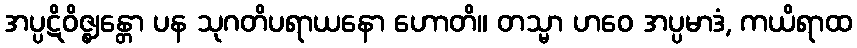
အပ္ပဋိဝိဇ္ဈန္တော ပန သုဂတိပရာယနော ဟောတိ။ တသ္မာ ဟဝေ အပ္ပမာဒံ, ကယိရာထ